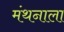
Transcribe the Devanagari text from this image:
मंथनाला